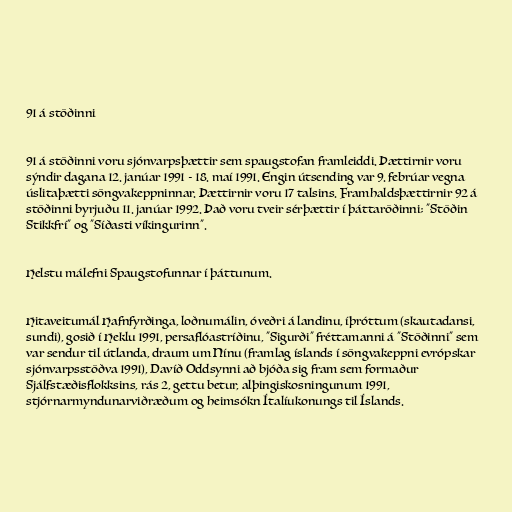
91 á stöðinni

91 á stöðinni voru sjónvarpsþættir sem spaugstofan framleiddi. Þættirnir voru
sýndir dagana 12. janúar 1991 - 18. maí 1991. Engin útsending var 9. febrúar vegna
úslitaþætti söngvakeppninnar. Þættirnir voru 17 talsins. Framhaldsþættirnir 92 á
stöðinni byrjuðu 11. janúar 1992. Það voru tveir sérþættir í þáttaröðinni; "Stöðin
Stikkfrí" og "Síðasti víkingurinn".

Helstu málefni Spaugstofunnar í þáttunum.

Hitaveitumál Hafnfyrðinga, loðnumálin, óveðri á landinu, íþróttum (skautadansi,
sundi), gosið í Heklu 1991, persaflóastríðinu, "Sigurði" fréttamanni á "Stöðinni" sem
var sendur til útlanda, draum um Nínu (framlag íslands í söngvakeppni evrópskar
sjónvarpsstöðva 1991), Davíð Oddsynni að bjóða sig fram sem formaður
Sjálfstæðisflokksins, rás 2, gettu betur, alþingiskosningunum 1991,
stjórnarmyndunarviðræðum og heimsókn Ítalíukonungs til Íslands.